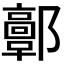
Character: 𨟍